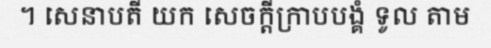
។ សេនាបតី យក សេចក្តីក្រាបបង្គំ ទូល តាម